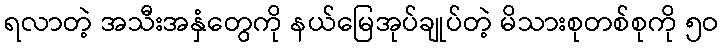
ရလာတဲ့ အသီးအနှံတွေကို နယ်မြေအုပ်ချုပ်တဲ့ မိသားစုတစ်စုကို ၅ဝ